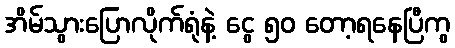
အိမ်သွားပြောလိုက်ရုံနဲ့ ငွေ ၅၀ တော့ရနေပြီကွ